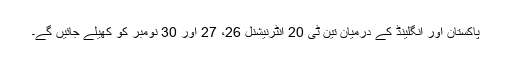
پاکستان اور انگلینڈ کے درمیان تین ٹی 20 انٹرنیشنل 26، 27 اور 30 نومبر کو کھیلے جائیں گے۔